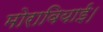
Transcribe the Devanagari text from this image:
मोरावियाई।